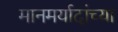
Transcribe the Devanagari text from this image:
मानमर्यादांच्या